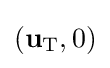
(\mathbf {u} _{\text{T}},0)